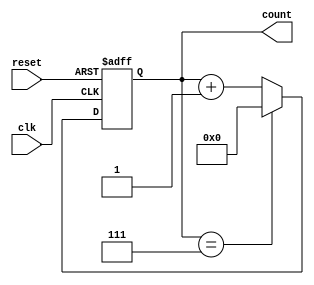
module mod_n_async_counter #(parameter N = 8) (
    input wire clk,          // Clock input
    input wire reset,        // Asynchronous reset
    output reg [N-1:0] count // Counter output
);

    // Internal signal to detect overflow
    wire overflow;

    // Asynchronous reset and counting logic
    always @(posedge clk or posedge reset) begin
        if (reset) begin
            count <= 0; // Reset the counter to 0
        end else begin
            if (count == (N-1)) begin
                count <= 0; // Reset to 0 when reaching N
            end else begin
                count <= count + 1; // Increment the counter
            end
        end
    end

endmodule